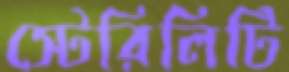
স্টেরিলিটি